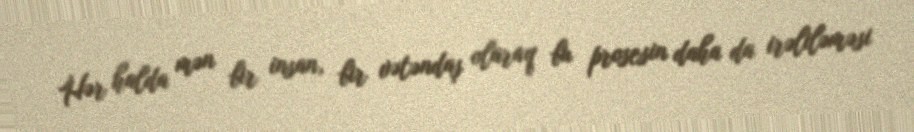
Hər halda mən bir insan, bir vətəndaş olaraq bu prosesin daha da irəliləməsi